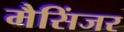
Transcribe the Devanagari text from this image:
मैसिंजर